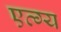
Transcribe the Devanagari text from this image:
एव्ग्य